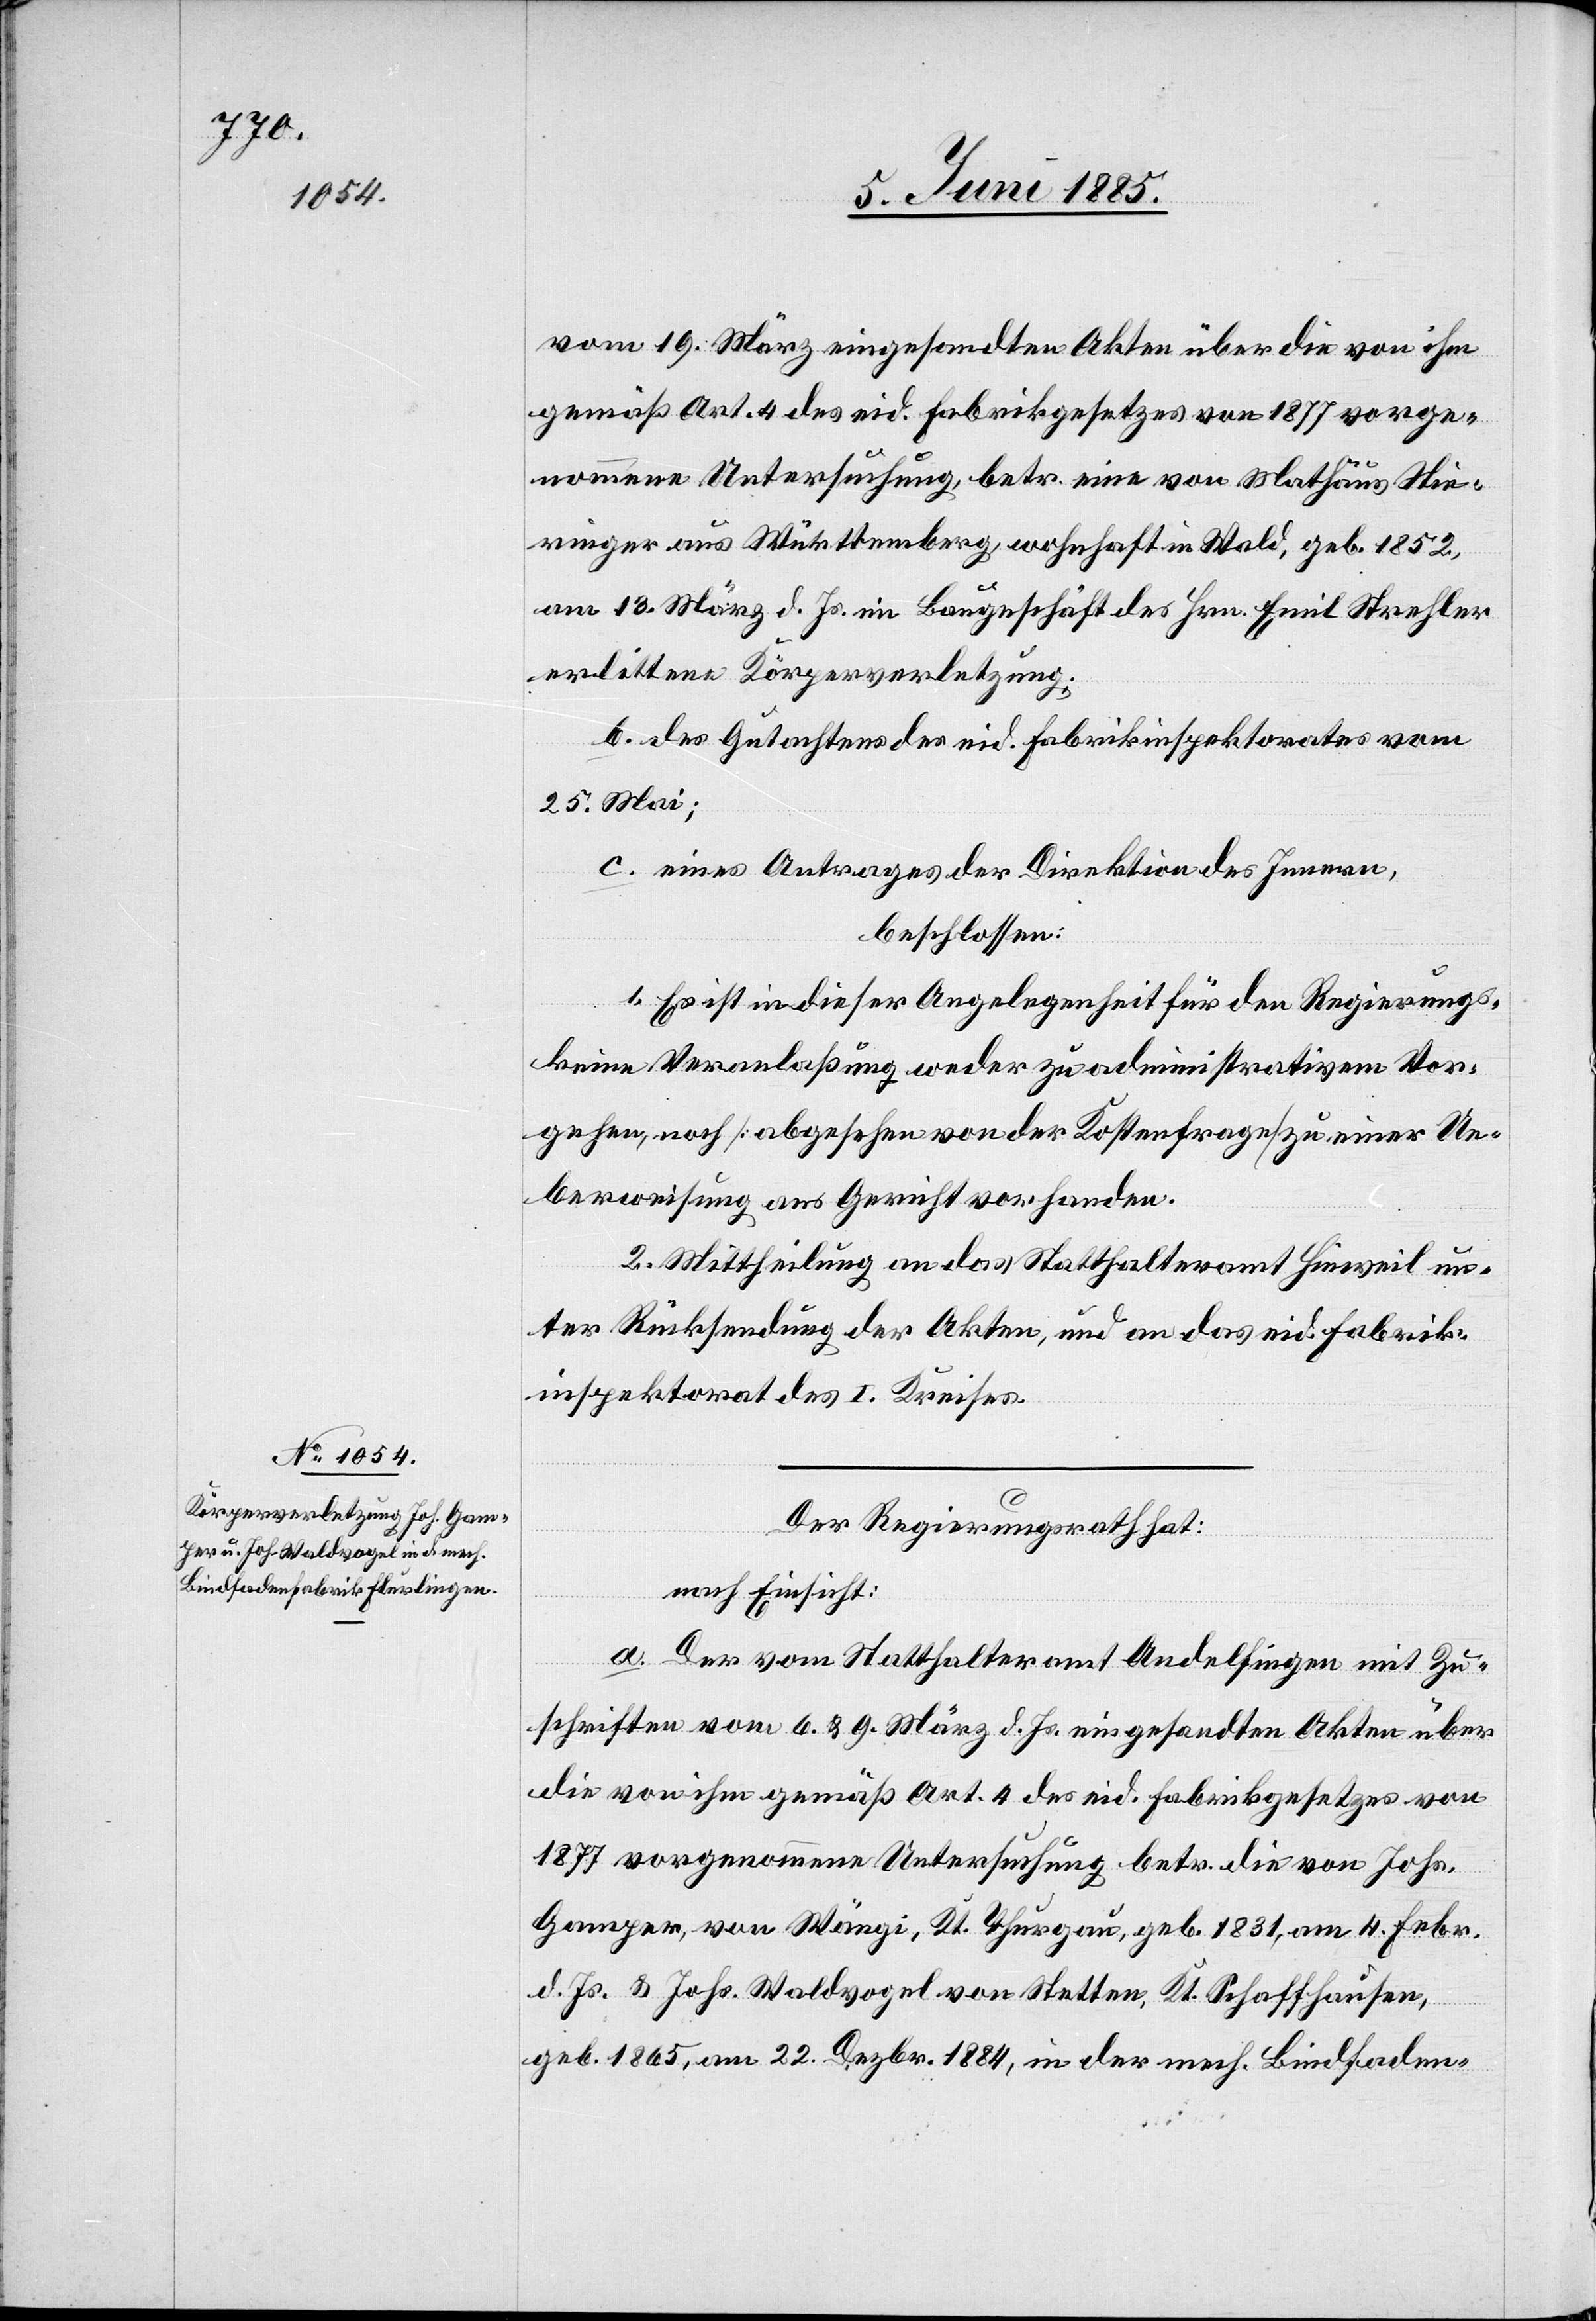
vom 19. März eingesandten Akten über die von ihm
gemäß Art. 4 des eid. Fabrikgesetzes von 1877 vorge¬
nommene Untersuchung, betr. eine von Mathäus Stie¬
ringer aus Württemberg, wohnhaft in Wald, geb. 1852,
am 13. März d. Js. im Baugeschäft des Hrn. Emil Strehler
erlittene Körperverletzung;
b. des Gutachtens des eid. Fabrikinspektorates vom
25. Mai;
c. eines Antrages der Direktion des Innern,
beschlossen:
1. Es ist in dieser Angelegenheit für den Regierungs-
keine Veranlaßung weder zu administrativem Vor¬
gehen, noch [abgesehen von der Kostenfrage] zu einer Ue¬
berweisung ans Gericht vorhanden.
2. Mittheilung an das Statthalteramt Hinweil un¬
ter Rücksendung der Akten, und an das eid. Fabrik¬
inspektorat des I. Kreises.
Der Regierungsrath hat,
nach Einsicht:
a. Der vom Statthalteramt Andelfingen mit Zu¬
schriften vom 6. & 9. März d. Js. eingesandten Akten über
die von ihm gemäß Art. 4 des eid. Fabrikgesetzes von
1877 vorgenommene Untersuchung betr. die von Johs.
Gamper, von Wängi, Kt. Thurgau, geb. 1831, am 4. Febr.
d. Js. & Johs. Waldvogel von Stetten, Kt. Schaffhausen,
geb. 1865, am 22. Dezbr. 1884, in der mech. Bindfaden-